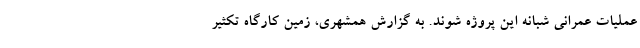
عملیات عمرانی شبانه این پروژه شوند. به گزارش همشهری، زمین کارگاه تکثیر